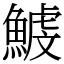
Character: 鰬